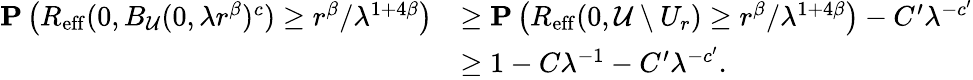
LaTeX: \begin{array}{rl}{\mathbf{P}\left(R_{\mathrm{eff}}({0},{B_{\mathcal{U}}(0,\lambda r^{\beta})^{c}})\ge r^{\beta}/\lambda^{1+4\beta}\right)}&{\ge\mathbf{P}\left(R_{\mathrm{eff}}({0},{\mathcal{U}\setminus U_{r}})\ge r^{\beta}/\lambda^{1+4\beta}\right)-C^{\prime}\lambda^{-c^{\prime}}}\\ &{\ge 1-C\lambda^{-1}-C^{\prime}\lambda^{-c^{\prime}}.}\end{array}